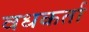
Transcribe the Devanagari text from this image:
वधकर्ता